Malaria in the Andamans - Number 56
Disease focus: Malaria
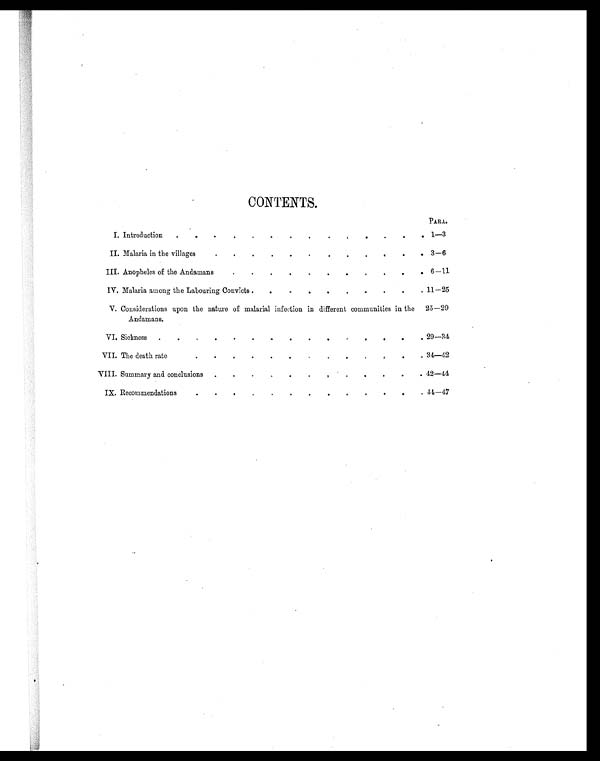
CONTENTS.
PARA.
I. Introduction
.
.
.
.
.
.
.
.
.
.
.
.
.
. 1—3
II. Malaria in the villages
.
.
.
.
.
.
.
.
.
.
.
. 3—6
III. Anopheles of the Andamans
.
.
.
.
.
.
.
.
.
.
. 6—11
IV. Malaria among the Labouring Convicts .
.
.
.
.
.
.
.
.
. 11—25
V. Considerations upon the nature of malarial infection in different communities in the
Andamans.
25—29
VI. Sickness .
.
.
.
.
.
.
.
.
.
.
.
.
.
. 29—34
VII. The death rate
.
.
.
.
.
.
.
.
.
.
.
.
. 34—42
VIII. Summary and conclusions .
.
.
.
.
.
.
.
.
.
.
. 42—44
IX. Recommendations
.
.
.
.
.
.
.
.
.
.
.
.
. 44—47